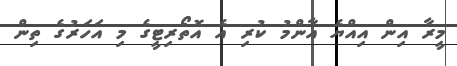
މީރާ އިން އިއްޔެ އާންމު ކުރި އެ އޮތޯރިޓީގެ މި އަހަރުގެ ތިން